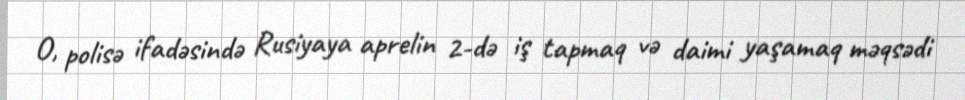
O, polisə ifadəsində Rusiyaya aprelin 2-də iş tapmaq və daimi yaşamaq məqsədi